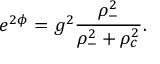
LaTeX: e ^ { 2 \phi } = g ^ { 2 } \frac { \rho _ { - } ^ { 2 } } { \rho _ { - } ^ { 2 } + \rho _ { c } ^ { 2 } } .